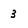
Character: 3